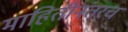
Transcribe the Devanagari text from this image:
माहितीनंतरच